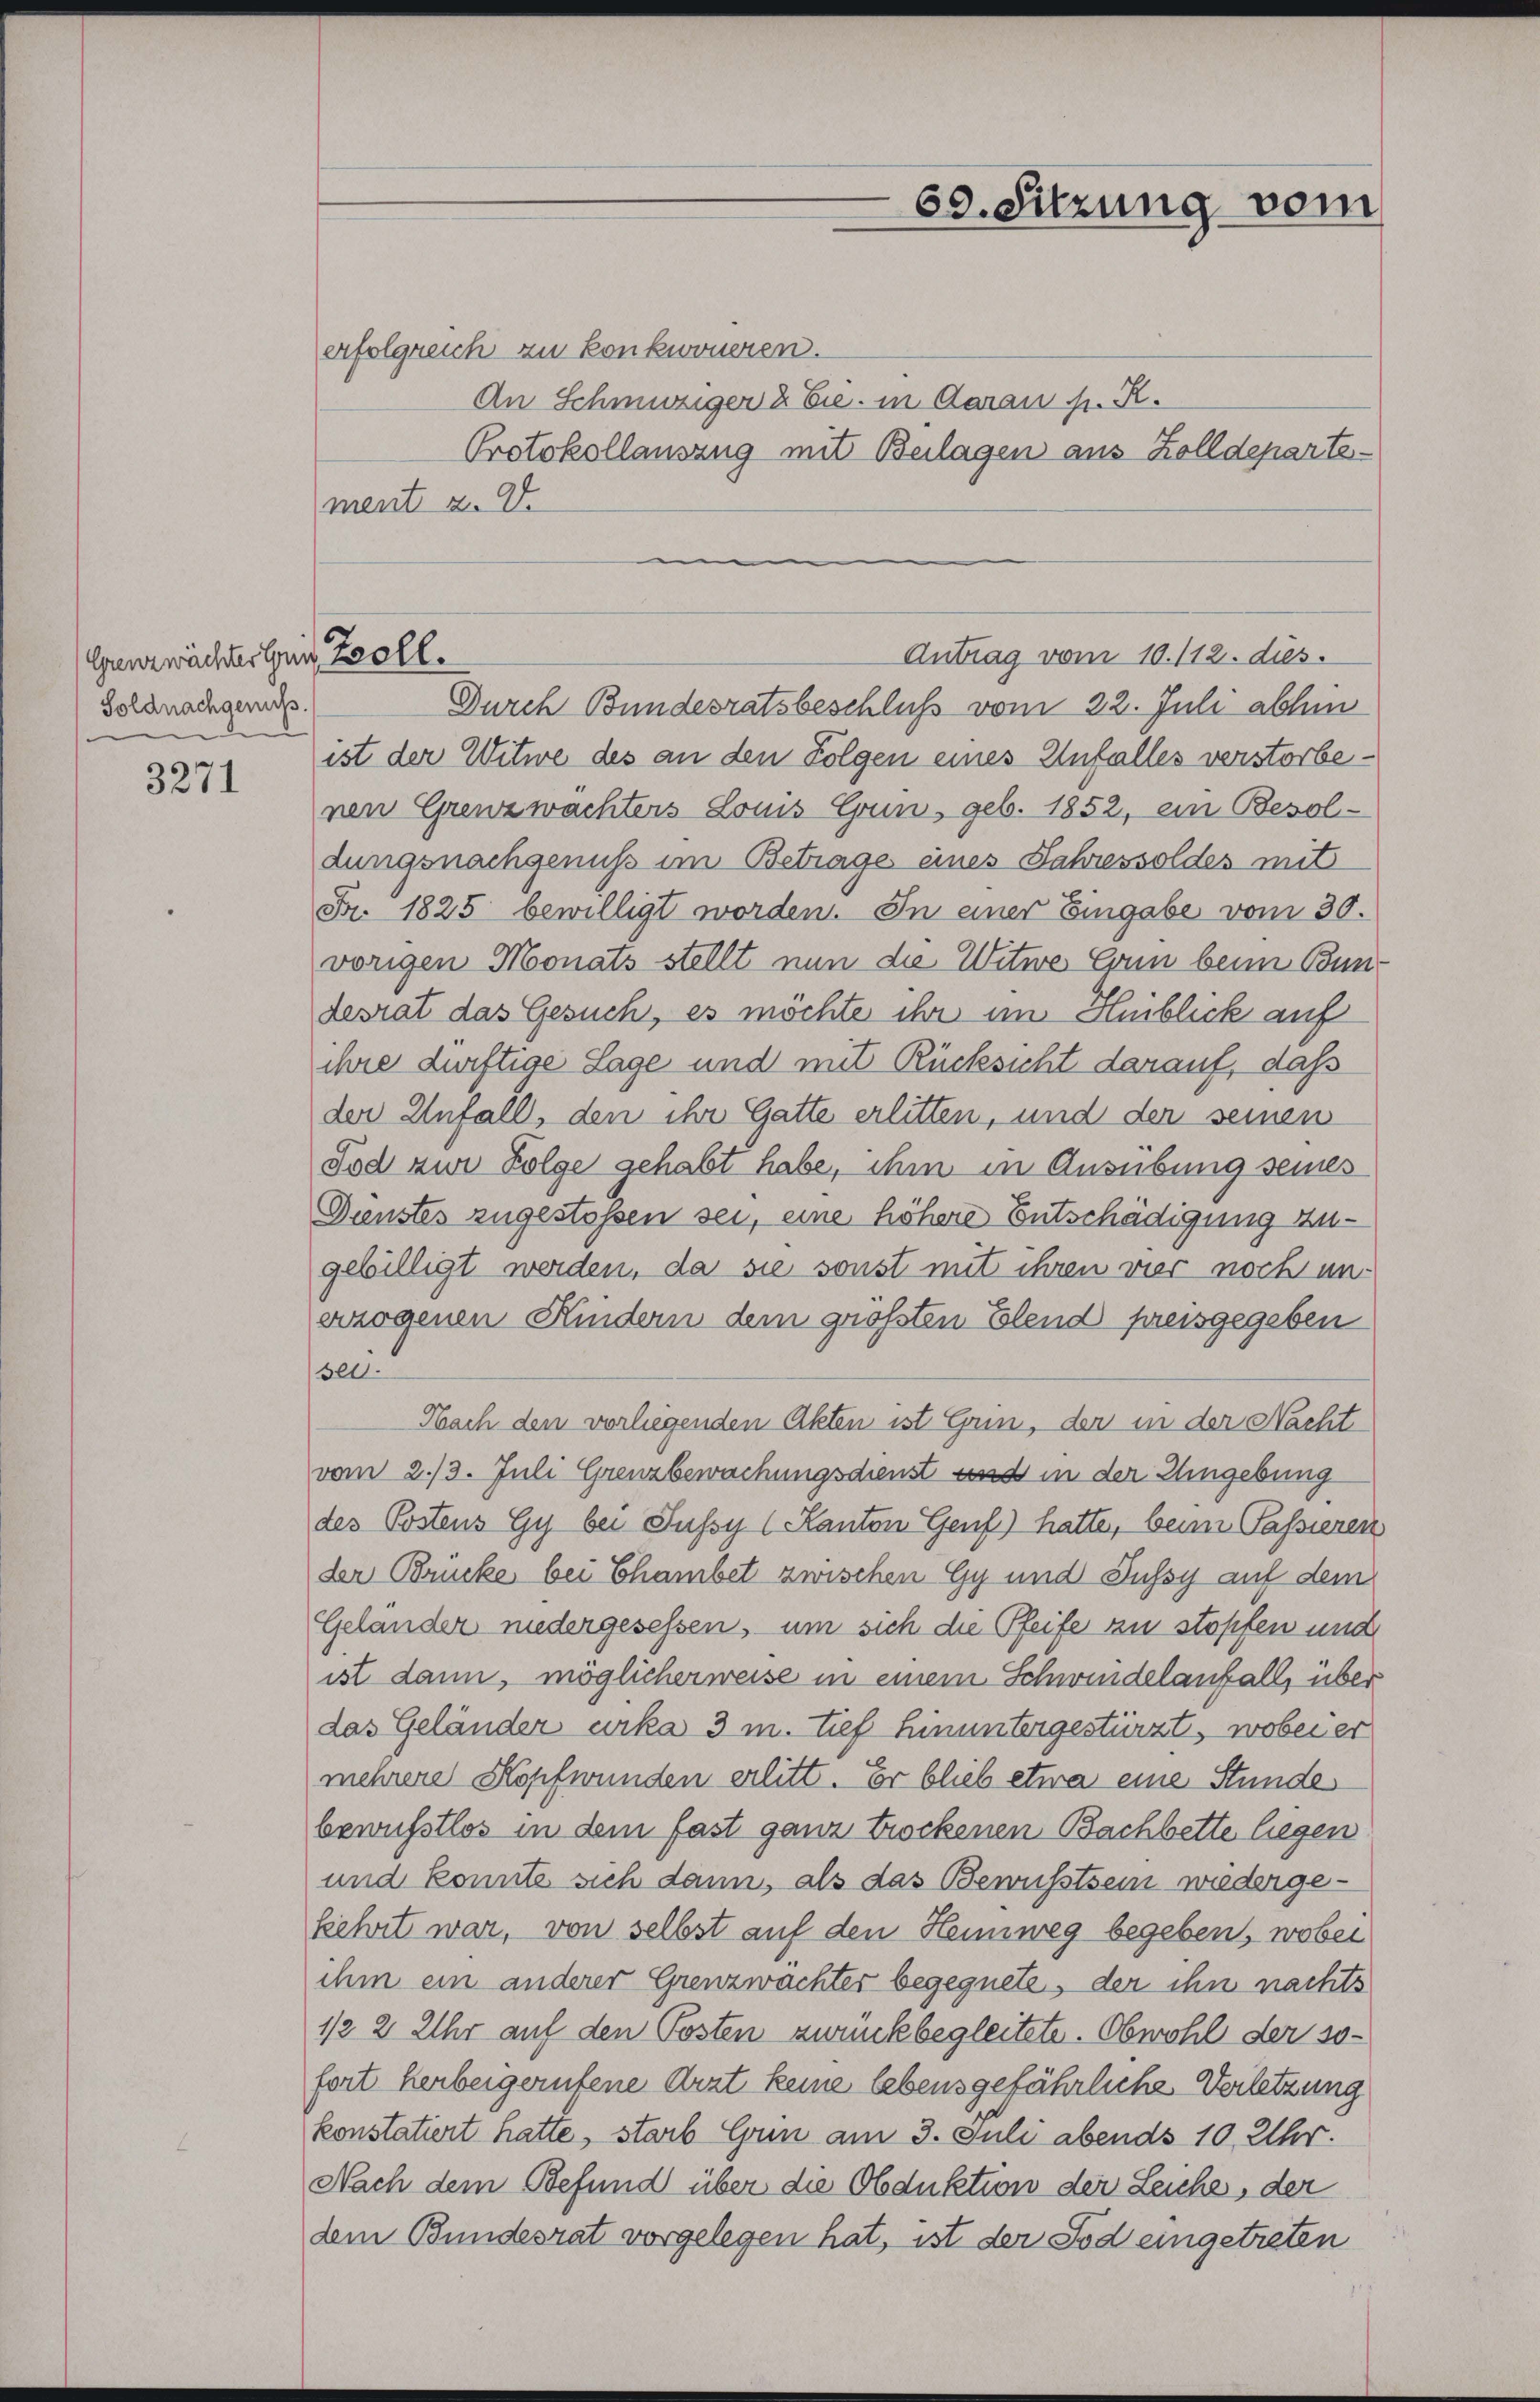
Grenzwächter Herr Zoll.
Soldnachgenuß.

3271

erfolgreich zu konkoueren.
An Schmutziger & Cie in Aarau s. R.
Protokollauszug mit Beilagen aus Zolldepartement a. D.

Durch Bundesratsbeschluß vom 22. Juli abhin
ist der Witwe des an den Folgen eines Unfalles verstorbenen Grenzwachters Louis Grin, geb. 1852, ein Besoldungsnachgenuß im Betrage eines Jahressoldes mit
Fr. 1825 bewilligt worden. In einer Eingabe vom 30.
vorigen Monats stellt nun die Witwe Ernn beim Bundesrat das Gesuch, es möchte ihr im Heiblick auf
ihre dürftige Lage und mit Rücksicht darauf, daß
der Unfall, den ihr Gatte erlitten, und der seinen
Tod zur Folge gehabt habe, ihm in Ausübung seines
Dünstes zugestoßen sei, eine höhere Entschädigung zugebilligt werden, da sie sonst mit ihren vier noch unerzogenen Kindern dem grossten Elend preisgegeben
sei.
Nach den vorliegenden Akten ist Grin, der in der Nacht
vom 2./3. Juli Grenzbewachungsdienst und in der Eingebung
des Postens Gy bei Fussy (Kanton Genf) hatte, beim Passieren
der Brücke bei Chambet zwischen Gy und Jussy auf dem
Geländer niedergesessen, um sich die Pfeife zu stopfen und
ist dann, möglicherweise in einem Schwindelanfalls über
das Geländer urka 3 m. tief hinuntergestürzt, wobei er
mehrere Kopfwunden erlitt. Er blieb etwa eine Stunde
bewusstlos in dem fast ganz trockenen Bachbette liegen
und konnte sich dann, als das Bewusstsein wiedergelehrt war, von selbst auf den Heimweg begeben, wobei
ihm ein anderer Grenzwachter begegnete, der ihn nachts
1/2 2 Uhr auf den Posten zurückbegleitete. Obwohl der sofort herbeigerufene Arzt keine lebensgefährliche Verletzung
konstatiert hatte, starb Grin am 3. Juli abends 10. Uhr.
Nach dem Befund über die Obduktion der Leiche, der
dem Bundesrat vorgelegen hat, ist der Tod eingetreten

59. Sitzung vom

Antrag vom 10. 112. dies